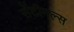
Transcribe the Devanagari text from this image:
सेंटीनल्स